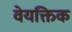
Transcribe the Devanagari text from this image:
वेयक्तिक